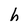
Character: h